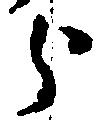
分